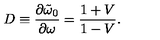
D \equiv { \frac { \partial \tilde { \omega } _ { 0 } } { \partial \omega } } = { \frac { 1 + V } { 1 - V } } .